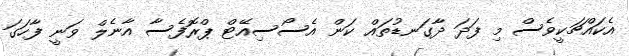
އެކައްޗަކީވެސް މި ފަދަ ދާގަނޑުތައް ކަން އެސޯސިއޭޓް ޕްރޮފެސާ އާނެލް ވަނީ ފާހަގަ